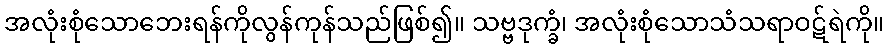
အလုံးစုံသောဘေးရန်ကိုလွန်ကုန်သည်ဖြစ်၍။ သဗ္ဗဒုက္ခံ၊ အလုံးစုံသောသံသရာဝဋ်ရဲကို။